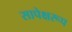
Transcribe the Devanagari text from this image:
सापेक्षरूप